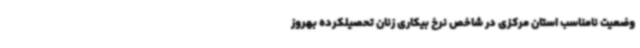
وضعیت نامناسب استان مرکزی در شاخص نرخ بیکاری زنان تحصیلکرده بهروز